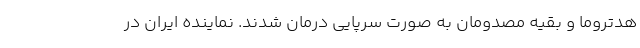
هدتروما و بقیه مصدومان به صورت سرپایی درمان شدند. نماینده ایران در